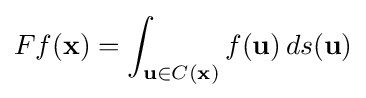
Ff(\mathbf {x} )=\int _{\mathbf {u} \in C(\mathbf {x} )}f(\mathbf {u} )\,ds(\mathbf {u} )